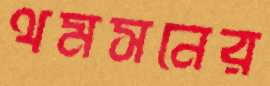
থমসনের